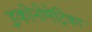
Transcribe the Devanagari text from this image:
इकोनोमेट्रिका